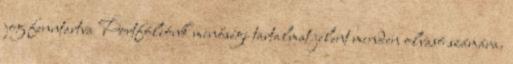
jog fenntartva Portfóliónk minőségi tartalmat jelent minden olvasó számára.